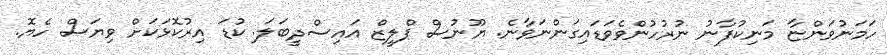
ހަމަނުވަންޏާ މަނިކުފާނު ނުރުހުންވެވަޑައިގަންނަވާނެ. ޔޫނުސް ޕްލީޒް އައިސްދީބަލަ. ކުޑަ އިރުކޮޅަކަށް ވިޔަސް ހެޔޮ.